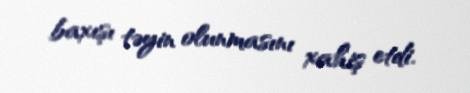
baxışı təyin olunmasını xahiş etdi.